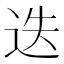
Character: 迭